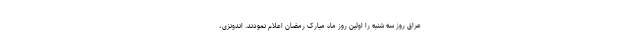
عراق روز سه شنبه را اولین روز ماه مبارک رمضان اعلام نمودند. اندونزی،